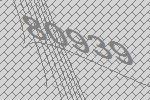
80939